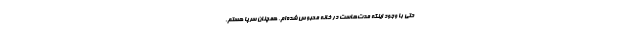
حتی با وجود اینکه مدت‌هاست در خانه محبوس شده‌ام، همچنان سرپا هستم.